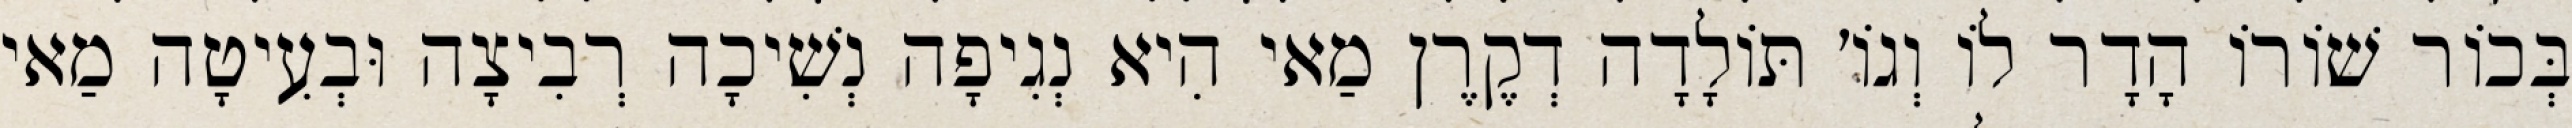
בְּכוֹר שׁוֹרוֹ הָדָר לוֹ וְגוֹ׳ תּוֹלָדָה דְקֶרֶן מַאי הִיא נְגִיפָה נְשִׁיכָה רְבִיצָה וּבְעִיטָה מַאי